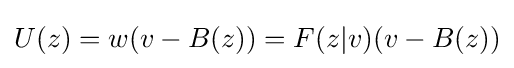
U(z)=w(v-B(z))=F(z|v)(v-B(z))